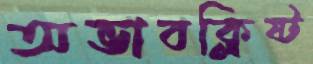
অভাবক্লিষ্ট